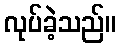
လုပ်ခဲ့သည်။